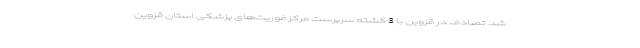
شد. تصادف در قزوین با 3 کشته سرپرست مرکز فوریت‌های پزشکی استان قزوین